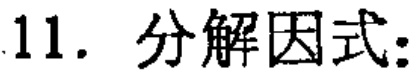
11. 分解因式：